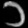
Digit: ၁